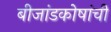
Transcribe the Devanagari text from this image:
बीजांडकोषांची